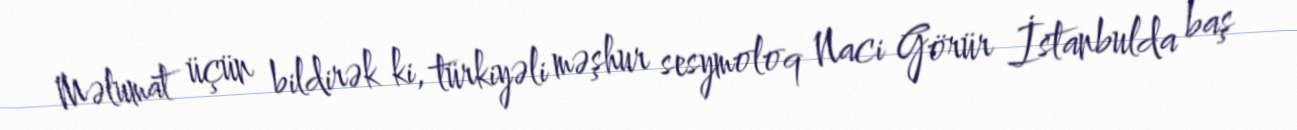
Məlumat üçün bildirək ki, türkiyəli məşhur sesymoloq Naci Görür İstanbulda baş